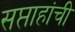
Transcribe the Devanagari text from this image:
सप्ताहांची